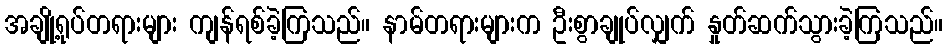
အချို့ရုပ်တရားများ ကျန်ရစ်ခဲ့ကြသည်။ နာမ်တရားများက ဦးစွာချုပ်လျှက် နှုတ်ဆက်သွားခဲ့ကြသည်။